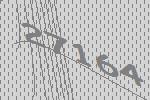
27164